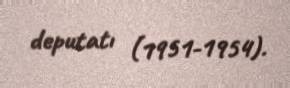
deputatı (1951-1954).